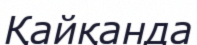
Қайқанда